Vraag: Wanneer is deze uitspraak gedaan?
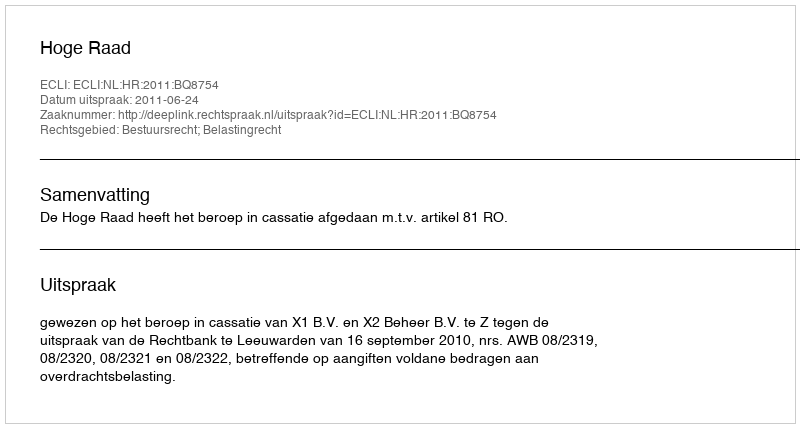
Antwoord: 2011-06-24